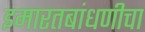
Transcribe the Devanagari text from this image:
इमारतबांधणीचा